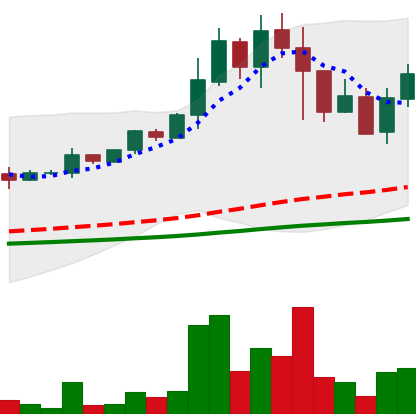
Ticker: DOGE-USD
Chart end date: 2021-05-14
Forward return: -40.472%
Label: down_7plus